King Institute of Preventive Medicine Bacteriolog. Section reports 1907-08
Year: 1907
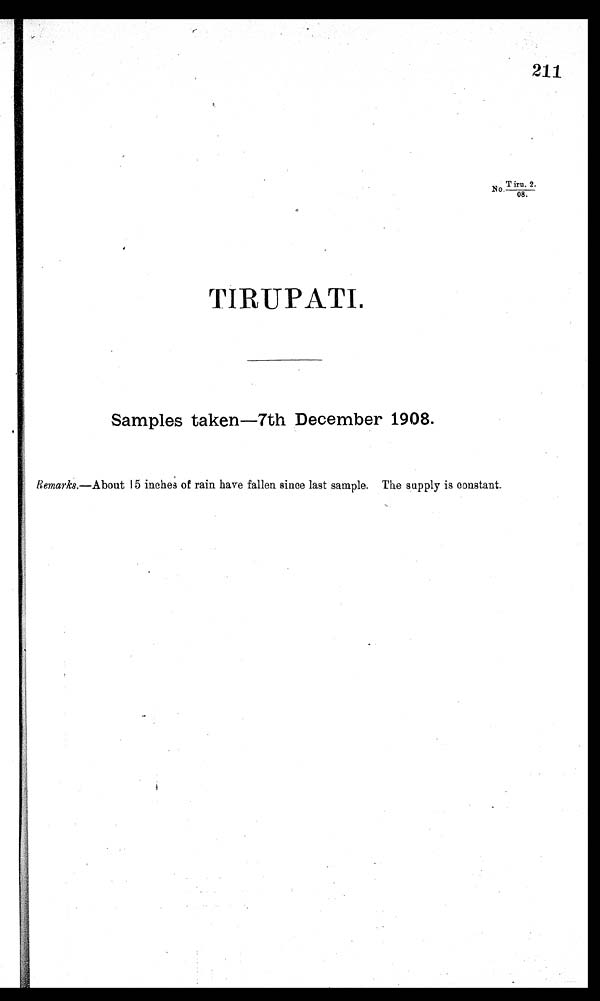
211
No.Tiru. 2.
08.
TIRUPATI.
Samples taken—7th December 1908.
Remarks.— About 15 inches of rain have fallen since last sample. The supply is constant.